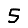
Digit: 5